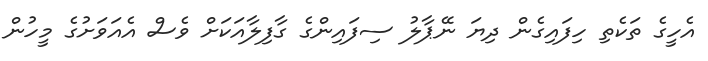
އެހީގެ ތަކެތި ހިފައިގެން ދިޔަ ނޭޕާލު ސިފައިންގެ ގާފިލާއަކަށް ވެސް އެއަވަށުގެ މީހުން